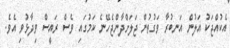
އެކުއްޖަކު އަލުން އަނބުރާ ވަގުތުން ޖަލަށްދާންޖެހޭނެ ކަމުގައި ވެސް ރައީސް ވިދާޅުވި އެވެ.